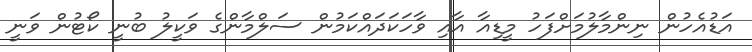
އަޑުއެހުން ނިންމާލުމަށްފަހު މީޑިއާ އާއި ވާހަކަދައްކަމުން ސަލްމާންގެ ވަކީލު ބުނީ ކޯޓުން ވަނީ